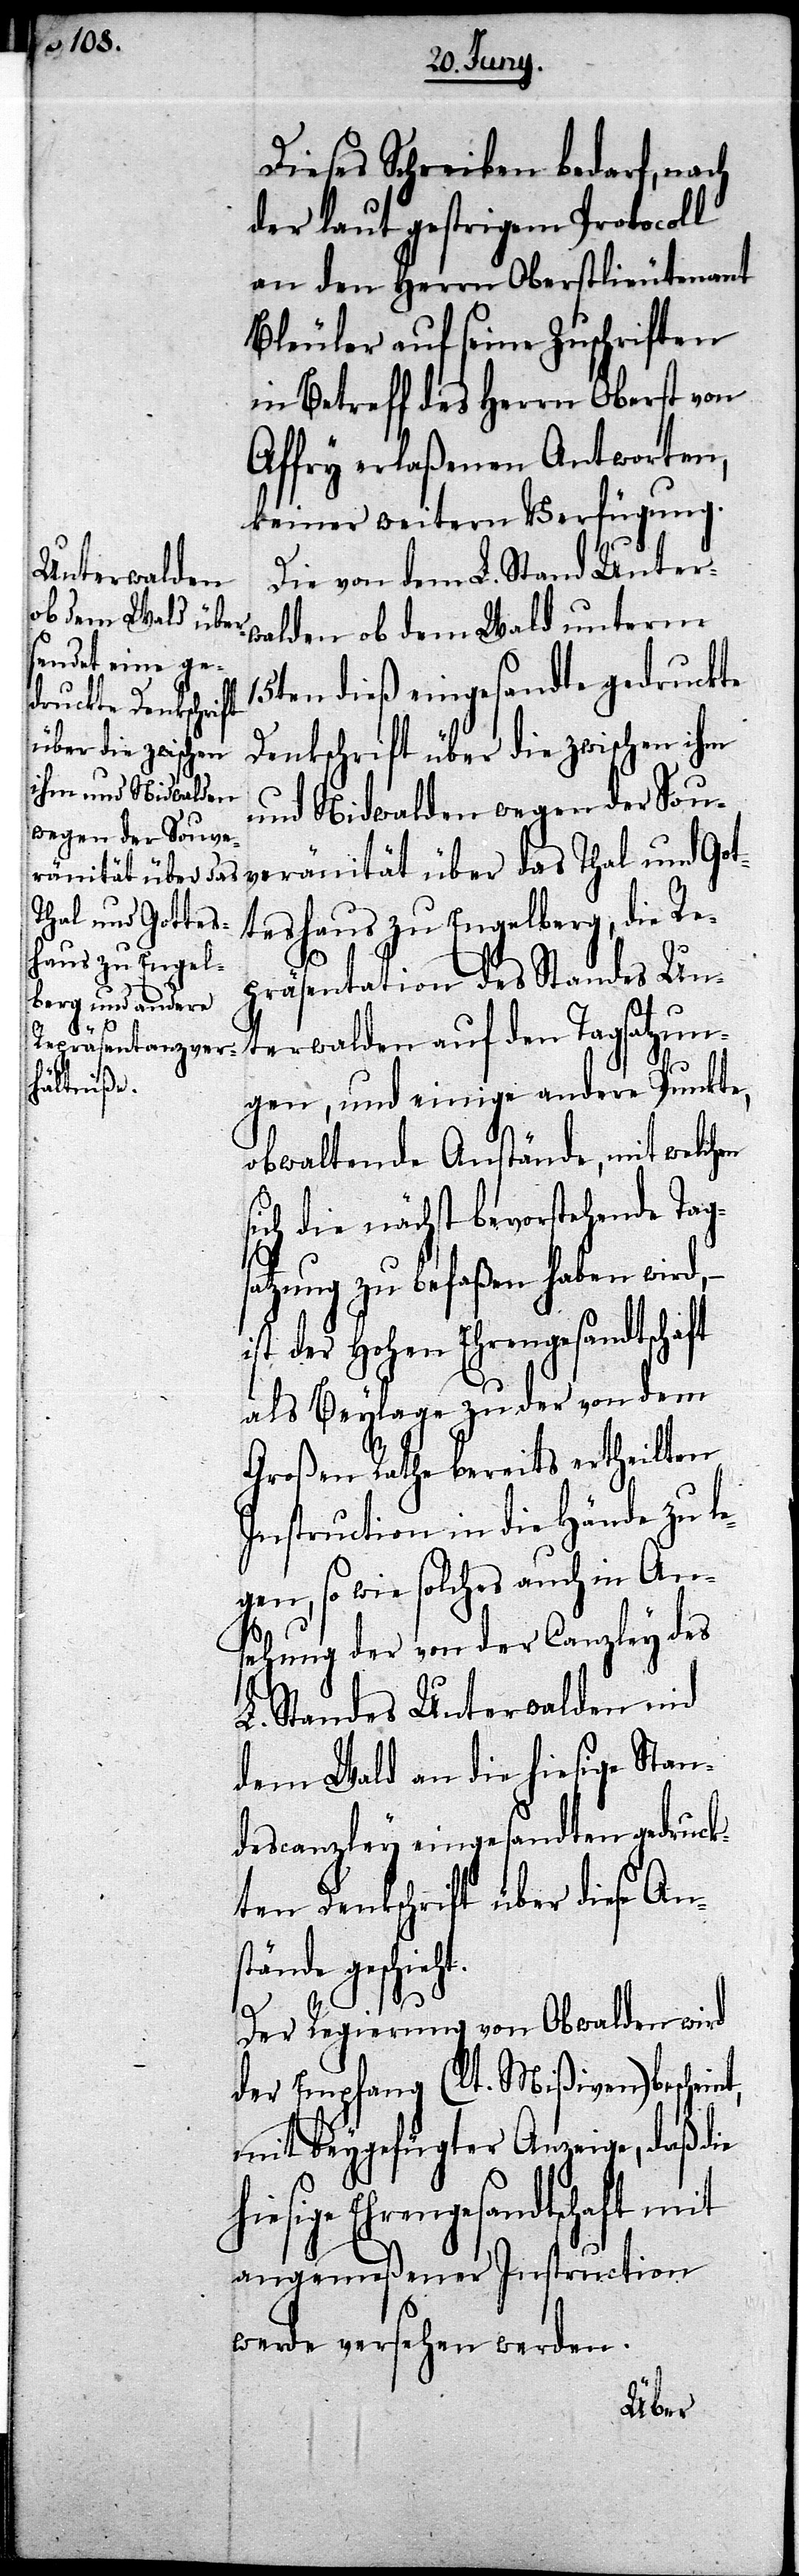
Dieses Schreiben bedarf, nach
der laut gestrigem Protocoll
an den Herrn Oberstlieutenant
Bleuler auf seine Zuschriften
in Betreff des Herrn Oberst von
Affry erlaßenen Antworten,
keiner weitern Verfügung.
Die von dem L. Stand Unter¬
walden ob dem Wald unterm
15ten dieß eingesandte gedruckte
Dankschrift über die zwischen ihm
und Nidwalden wegen der Sou¬
veränität über das Thal und Got¬
teshaus zu Engelberg, die Re¬
nt,
präsentation des Standes Un¬
terwalden auf den Tagsatzun¬
gen, und einige andere Punkte,
obwaltende Anstände, mit welchen
sich die nächst bevorstehende Tags¬
atzung zu befaßen haben wird,
der Hohen Ehrengesandtschaft
als Beylage zu der von dem
Großen Rathe bereits ertheilten
Instruction in die Hände zu le¬
gen, so wie solches auch in An¬
sehung der von der Canzley des
L. Standes Unterwalden nid
dem Wald an die hiesige Stan¬
descanzley eingesandten gedruck¬
ten Dankschrift über diese Ans¬
tände geschieht.
Der Regierung von Obwalden wird
der Empfang (lt. Mißiven) beschei¬
mit beygefügter Anzeige, daß die
Ehrengesandtschaft mit
angemeßener Instruction
werde versehen werden.